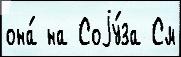
она́ на Соjу́за См